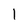
Character: l